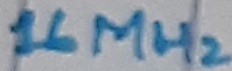
Text: 16MHz